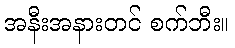
အနီးအနားတင် စက်ဘီး။